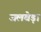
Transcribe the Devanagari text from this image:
जलबेड़ा